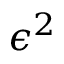
\epsilon ^ { 2 }